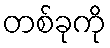
တစ်ခုကို